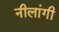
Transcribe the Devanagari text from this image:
नीलांगी